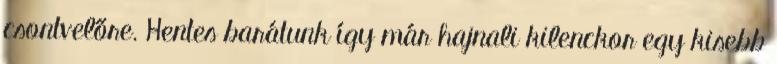
csontvelőre. Hentes barátunk így már hajnali kilenckor egy kisebb